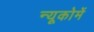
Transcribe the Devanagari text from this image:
न्यूकोमें